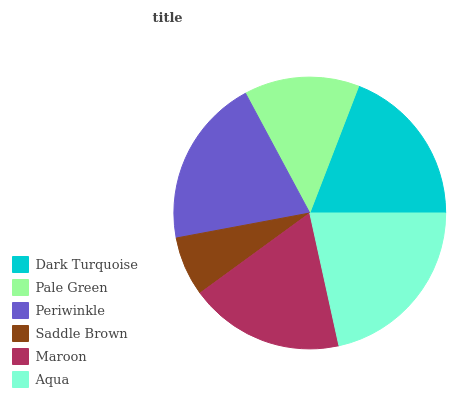
| Dark Turquoise | Pale Green | Periwinkle | Saddle Brown | Maroon | Aqua |
 | --- | --- | --- | --- | --- | --- |
 | 19.1% | 13.7% | 20.1% | 7.09% | 18.5% | 21.5% |